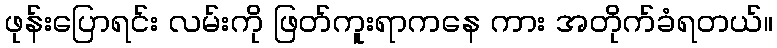
ဖုန်းပြောရင်း လမ်းကို ဖြတ်ကူးရာကနေ ကား အတိုက်ခံရတယ်။